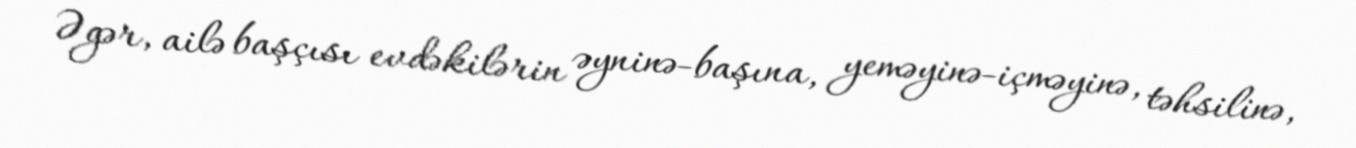
Əgər, ailə başçısı evdəkilərin əyninə-başına, yeməyinə-içməyinə, təhsilinə,